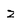
Character: z